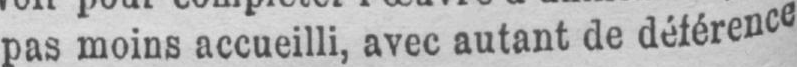
pas moins accueilli, avec autant de déférence